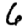
Digit: 6